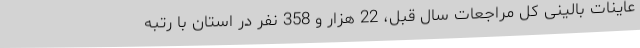
عاینات بالینی کل مراجعات سال قبل، 22 هزار و 358 نفر در استان با رتبه